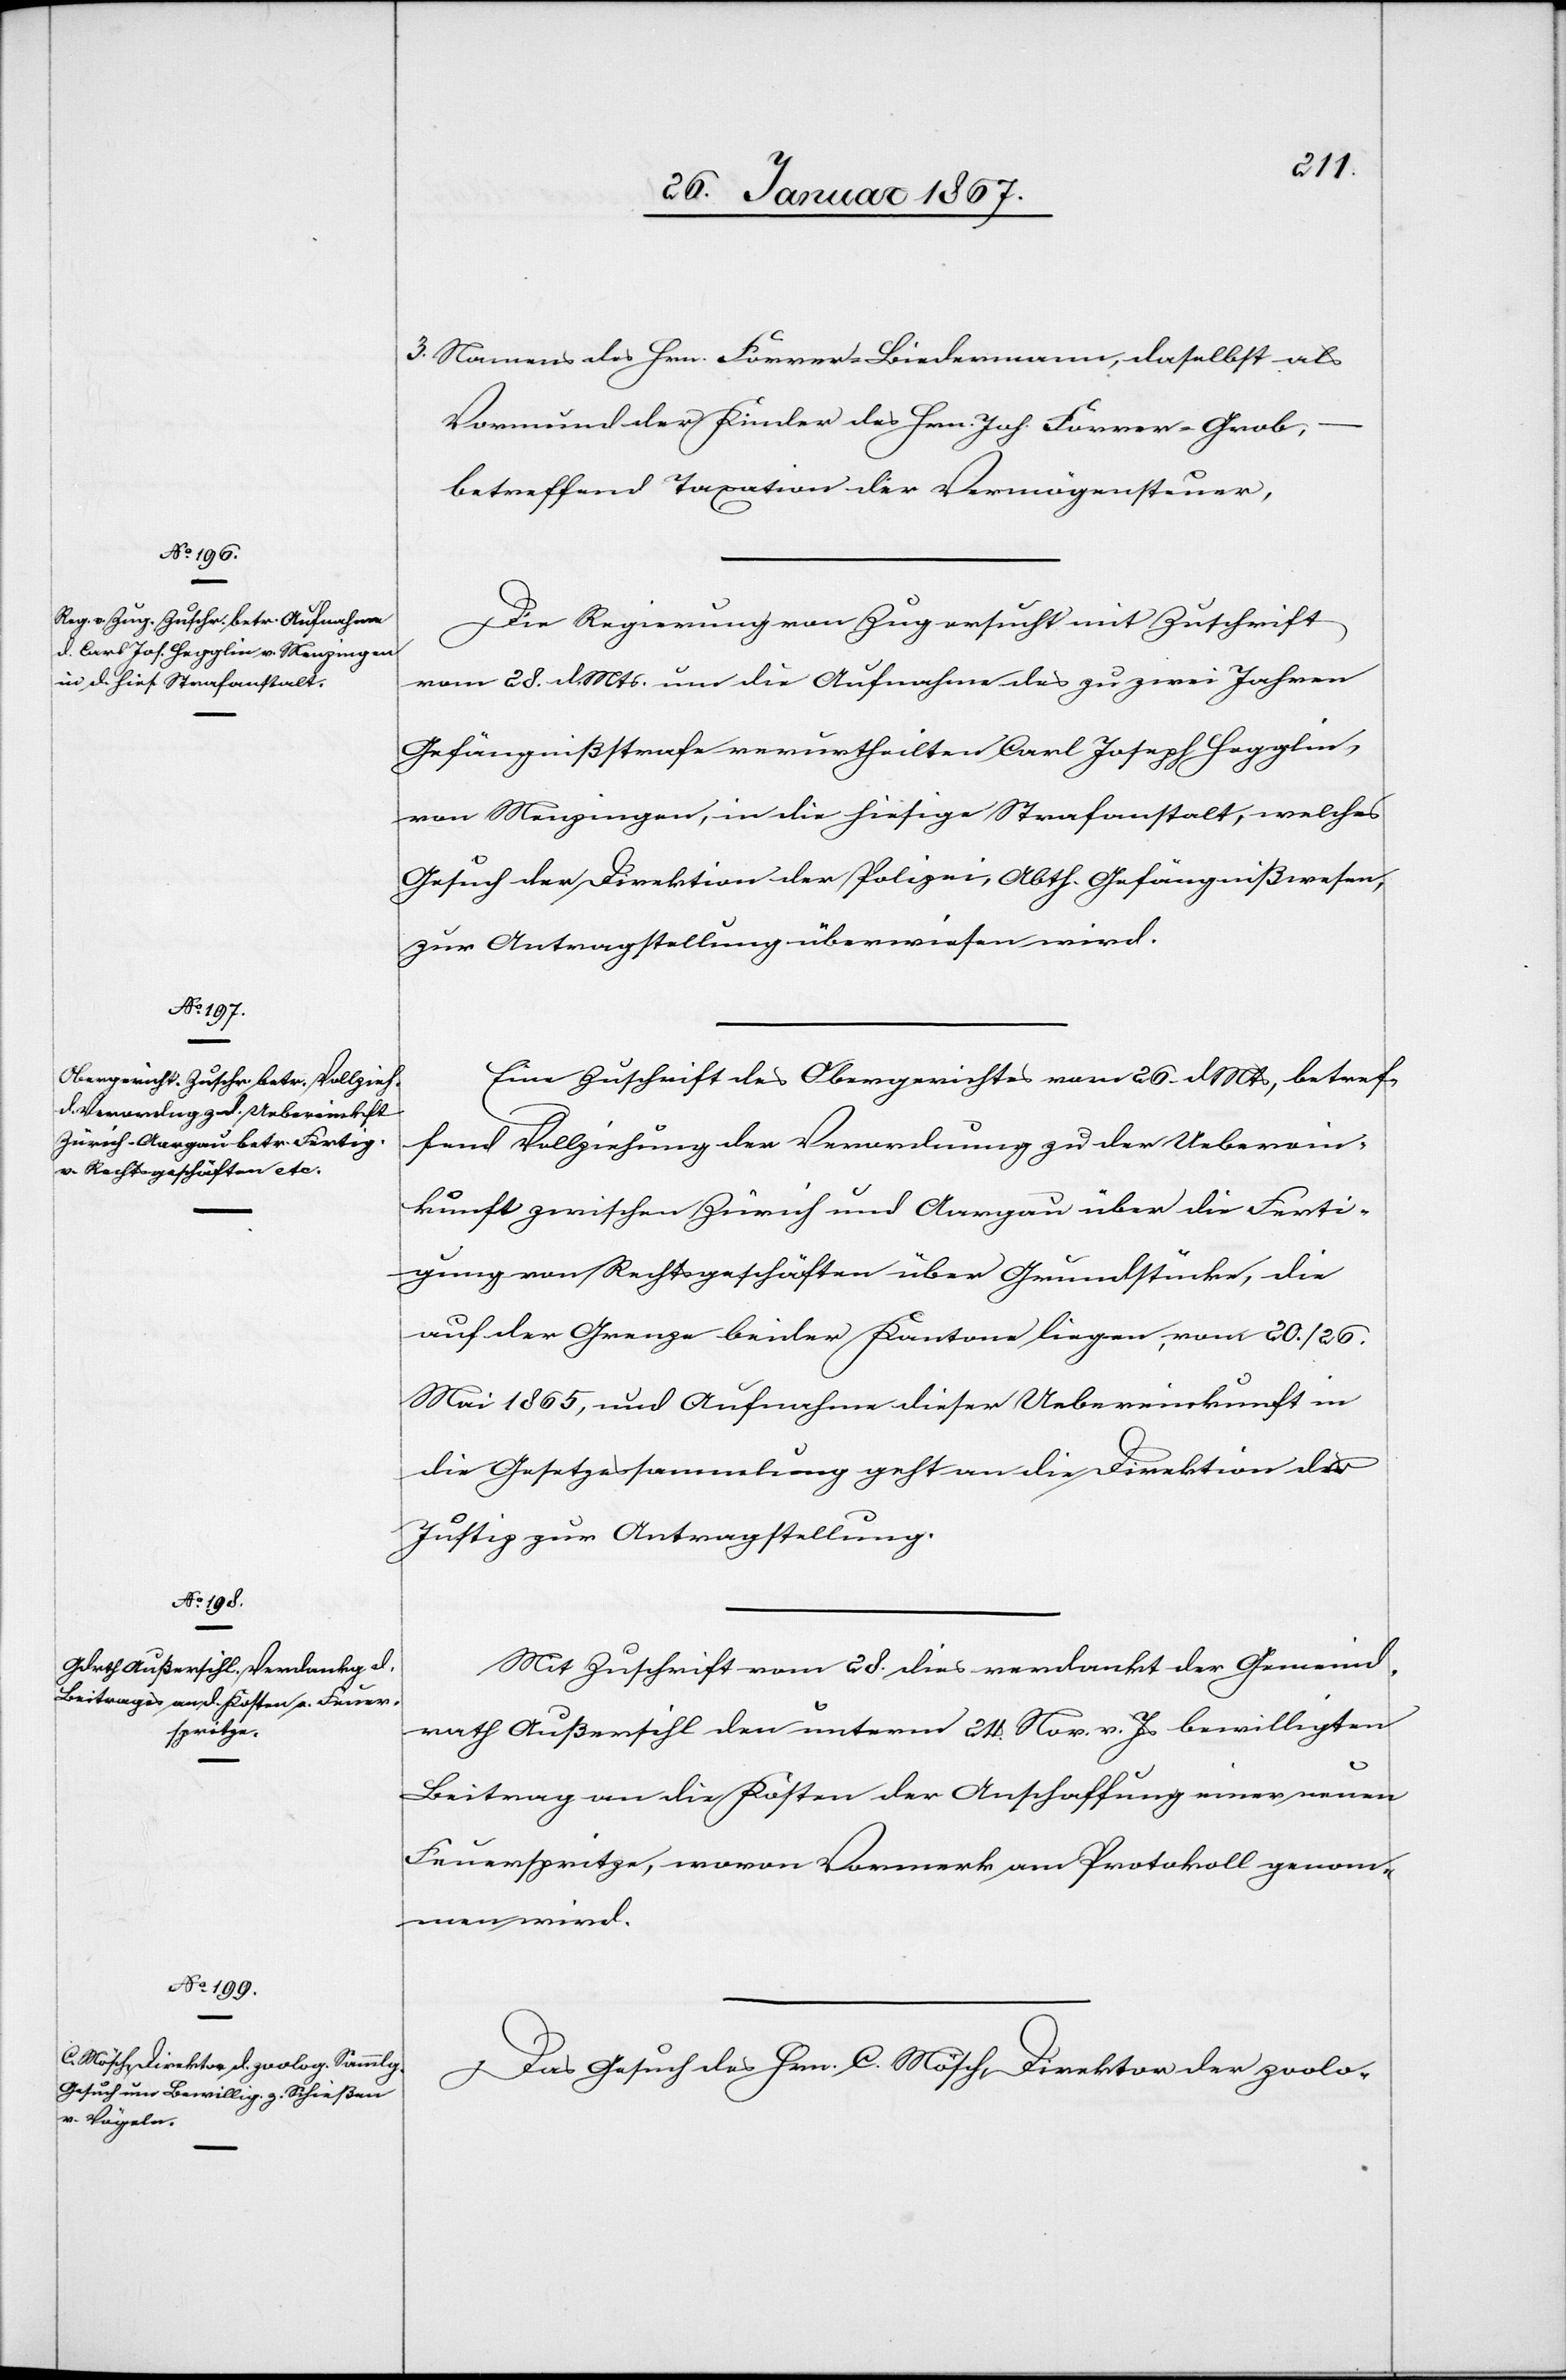
30. Januar 1867]
3. Namens des Hrn. Furrer-Liedermann, daselbst als
Vormund der Kinder des Hrn. Joh. Forrer-Grob,
betreffend Taxation der Vermögens[s]teuer.
Die Regierung von Zug ersucht mit Zuschrift
vom 28. d. Mts um die Aufnahme des zu zwei Jahren
Gefängnißstrafe verurtheilten Carl Joseph Hegglin,
von Menzingen, in die hiesige Strafanstalt, welches
Gesuch der Direktion der Polizei, Abth. Gefängnißwesen,
zur Antragstellung überwiesen wird.
Eine Zuschrift des Obergerichtes vom 26. d Mts, betref¬
fend Vollziehung der Verordnung zu der Ueberein¬
kunft zwischen Zürich und Aargau über die Ferti¬
gung von Rechtsgeschäften über Grundstücke, die
auf der Grenze beider Kantone liegen, vom 20. / 26.
Mai 1865, und Aufnahme dieser Uebereinkunft in
die Gesetzessammlung geht an die Direktion der
Justiz zur Antragstellung.
Mit Zuschrift vom 28. dies verdankt der Gemeind¬
rath Außersihl den unterm 24. Nov. v. Js bewilligten
Beitrag an die Kosten der Anschaffung einer neuen
Feuerspritze, wovon Vormerk am Protokoll genom¬
men wird.
Das Gesuch des Hrn. C. Mösch, Direktor der zoolo-